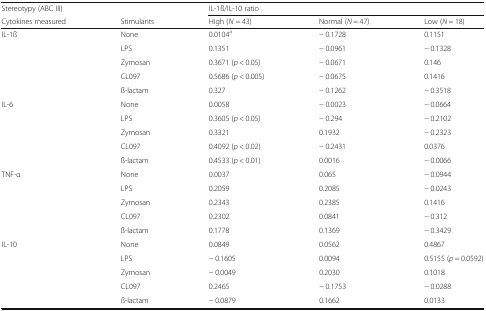
<table><thead><tr><td><b>Stereotypy (ABC III)</b></td><td></td><td colspan="3"><b>IL-1ß/IL-10 ratio</b></td></tr><tr><td><b>Cytokines measured</b></td><td><b>Stimulants</b></td><td><b>High (<i>N</i> = 43)</b></td><td><b>Normal (<i>N</i> = 47)</b></td><td><b>Low (<i>N</i> = 18)</b></td></tr></thead><tbody><tr><td>IL-1ß</td><td>None</td><td>0.0104<sup>a</sup></td><td>− 0.1728</td><td>0.1151</td></tr><tr><td></td><td>LPS</td><td>0.1351</td><td>− 0.0961</td><td>− 0.1328</td></tr><tr><td></td><td>Zymosan</td><td>0.3671 (<i>p</i> &lt; 0.05)</td><td>− 0.0671</td><td>0.146</td></tr><tr><td></td><td>CL097</td><td>0.5686 (<i>p</i> &lt; 0.005)</td><td>− 0.0675</td><td>0.1416</td></tr><tr><td></td><td>ß-lactam</td><td>0.327</td><td>− 0.1262</td><td>− 0.3518</td></tr><tr><td>IL-6</td><td>None</td><td>0.0058</td><td>− 0.0023</td><td>− 0.0664</td></tr><tr><td></td><td>LPS</td><td>0.3605 (<i>p</i> &lt; 0.05)</td><td>− 0.294</td><td>− 0.2102</td></tr><tr><td></td><td>Zymosan</td><td>0.3321</td><td>0.1932</td><td>− 0.2323</td></tr><tr><td></td><td>CL097</td><td>0.4092 (<i>p</i> &lt; 0.02)</td><td>− 0.2431</td><td>0.0376</td></tr><tr><td></td><td>ß-lactam</td><td>0.4533 (<i>p</i> &lt; 0.01)</td><td>0.0016</td><td>− 0.0066</td></tr><tr><td>TNF-α</td><td>None</td><td>0.0037</td><td>0.065</td><td>− 0.0944</td></tr><tr><td></td><td>LPS</td><td>0.2059</td><td>0.2085</td><td>− 0.0243</td></tr><tr><td></td><td>Zymosan</td><td>0.2343</td><td>0.2385</td><td>0.1416</td></tr><tr><td></td><td>CL097</td><td>0.2302</td><td>0.0841</td><td>− 0.312</td></tr><tr><td></td><td>ß-lactam</td><td>0.1778</td><td>0.1369</td><td>− 0.3429</td></tr><tr><td>IL-10</td><td>None</td><td>0.0849</td><td>0.0562</td><td>0.4867</td></tr><tr><td></td><td>LPS</td><td>− 0.1605</td><td>0.0094</td><td>0.5155 (<i>p</i> = 0.0592)</td></tr><tr><td></td><td>Zymosan</td><td>− 0.0049</td><td>0.2030</td><td>0.1018</td></tr><tr><td></td><td>CL097</td><td>0.2465</td><td>− 0.1753</td><td>− 0.0288</td></tr><tr><td></td><td>ß-lactam</td><td>− 0.0879</td><td>0.1662</td><td>0.0133</td></tr></tbody></table>